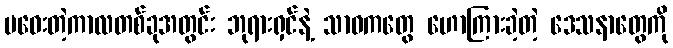
မဝေးတဲ့ကာလတစ်ခုအတွင်း ဘုရားရှင်နဲ့ သာဝကတွေ ဟောကြားခဲ့တဲ့ ဒေသနာတွေကို